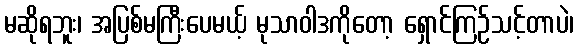
မဆိုရဘူး၊ အပြစ်မကြီးပေမယ့် မုသာဝါဒကိုတော့ ရှောင်ကြဉ်သင့်တာပဲ၊